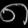
Digit: ၈